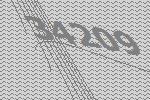
34209